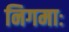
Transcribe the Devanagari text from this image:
निगमाः